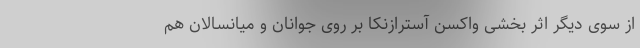
از سوی دیگر اثر بخشی واکسن آسترازنکا بر روی جوانان و میانسالان هم